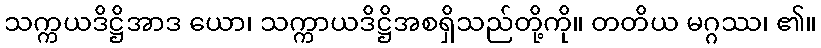
သက္ကယဒိဋ္ဌိအာဒ ယော၊ သက္ကာယဒိဋ္ဌိအစရှိသည်တို့ကို။ တတိယ မဂ္ဂဿ၊ ၏။